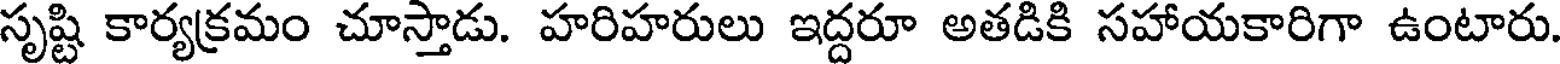
సృష్టి కార్యక్రమం చూస్తాడు. హరిహరులు ఇద్దరూ అతడికి సహాయకారిగా ఉంటారు.